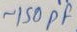
Text: ~150PF